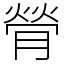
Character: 膋